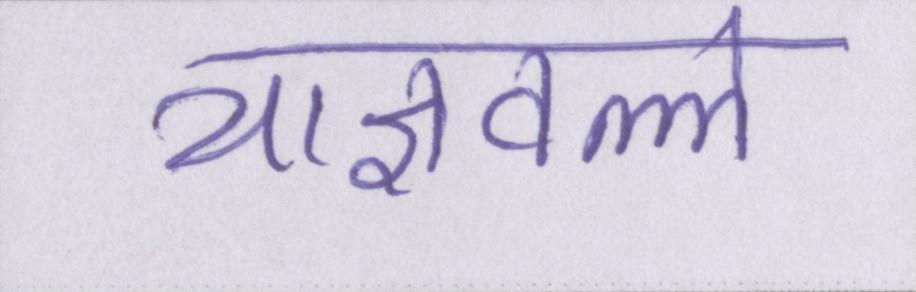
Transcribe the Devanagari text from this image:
याज्ञवल्ल